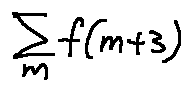
\sum \limits _ { m } f ( m + 3 )